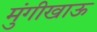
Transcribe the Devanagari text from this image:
मुंगीखाऊ